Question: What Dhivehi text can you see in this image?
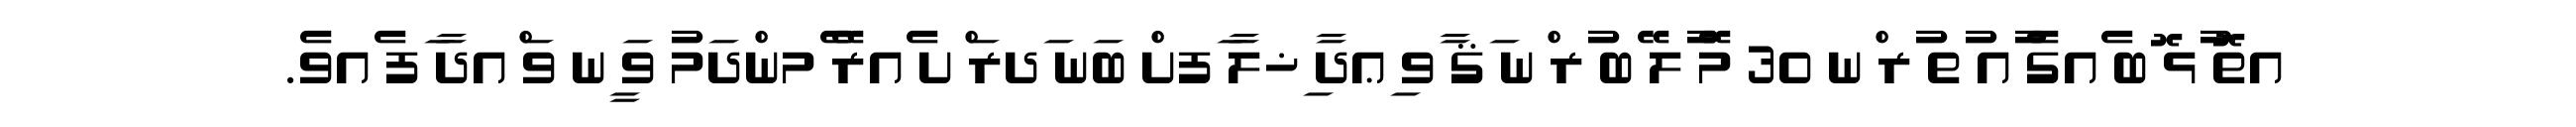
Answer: އތޮ ުޅ ޮބ ެއގެ ުއ ުތ ުރ ްނ 30 މޭ ުލ ޭބ ުރ ްނ ަޤ ާވ ިޢދާ ިޚލާ ަފށް ބަނ ަދރަ ްށ ެއރޭ ެމންދަމު ވަ ީނ ވަ ްއދާ ަފ ެއވެ.